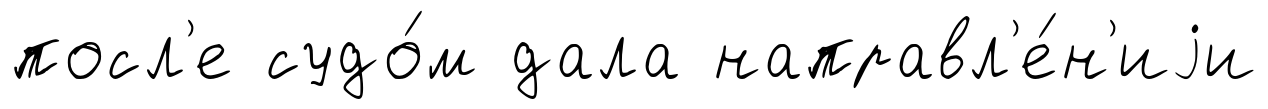
посл'е судо́м дала направл'е́н'иjи